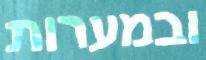
ובמערות